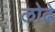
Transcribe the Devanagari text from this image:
लोढे